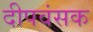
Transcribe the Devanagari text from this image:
दीपवंसक